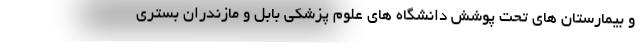
و بیمارستان های تحت پوشش دانشگاه های علوم پزشکی بابل و مازندران بستری